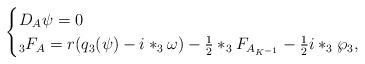
LaTeX: \begin{align*} \begin{cases} D_{A} \psi =0 \\*_3F_A= r(q_3(\psi )-i*_3\omega)- \frac{1}{2}*_3F_{A_{K^{-1}}} -\frac{1}{2} i*_3\wp_3, \\ \end{cases}\end{align*}